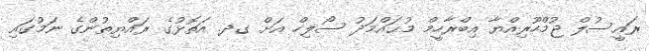
ރައީސުލް ޖުމްހޫރިއްޔާ އިބްރާހީމް މުޙައްމަދު ސޯލިހް އަށް ގދ. އަތޮޅުގެ ރައްޔިތުންގެ ނަމުގައި